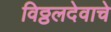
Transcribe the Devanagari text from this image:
विठ्ठलदेवाचे